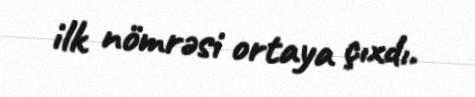
ilk nömrəsi ortaya çıxdı.